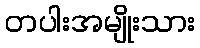
တပါးအမျိုးသား